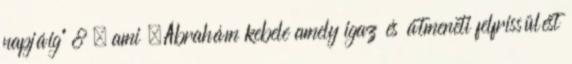
napjáig” 8 , ami „Ábrahám kebele amely igaz és átmeneti felfrissülést